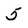
Character: 5